Indian journal of veterinary science and animal husbandry - Volume 9,
Year: 1939
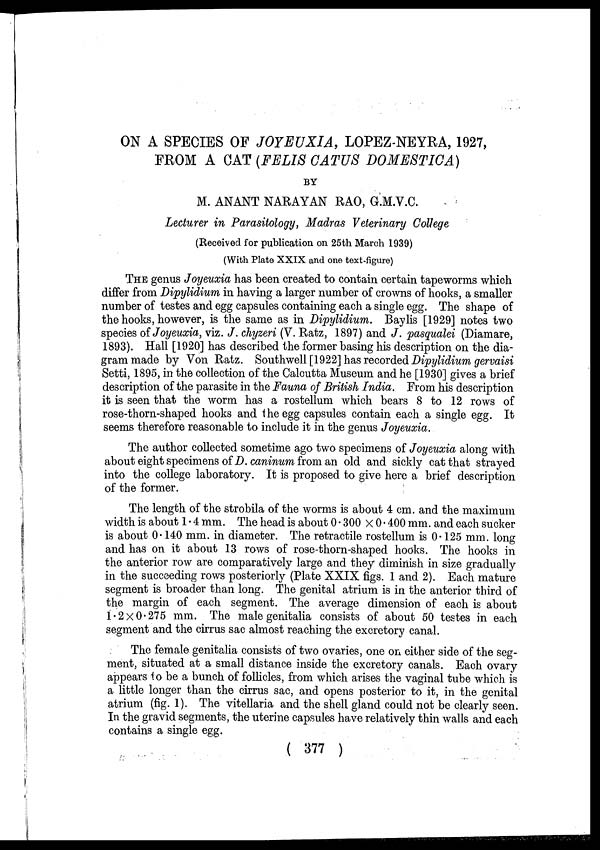
ON A SPECIES OF JOYEUXIA, LOPEZ-NEYRA, 1927,
FROM A CAT (FELIS CATUS DOMESTICA)
BY
M. ANANT NARAYAN RAO, G.M.V.C.
Lecturer in Parasitology, Madras Veterinary College
(Received for publication on 25th March 1939)
(With Plate XXIX and one text-figure)
THE genus Joyeuxia has been created to contain certain tapeworms which
differ from Dipylidium in having a larger number of crowns of hooks, a smaller
number of testes and egg capsules containing each a single egg. The shape of
the hooks, however, is the same as in Dipylidium. Baylis [1929] notes two
species of Joyeuxia, viz. J. chyzeri (V. Ratz, 1897) and J. pasqualei (Diamare,
1893). Hall [1920] has described the former basing his description on the dia-
gram made by Von Ratz. Southwell [1922] has recorded Dipylidium gervaisi
Setti, 1895, in the collection of the Calcutta Museum and he [1930] gives a brief
description of the parasite in the Fauna of British India. From his description
it is seen that the worm has a rostellum which bears 8 to 12 rows of
rose-thorn-shaped hooks and the egg capsules contain each a single egg. It
seems therefore reasonable to include it in the genus Joyeuxia.
The author collected sometime ago two specimens of Joyeuxia along with
about eight specimens of D.caninum from an old and sickly cat that strayed
into the college laboratory. It is proposed to give here a brief description
of the former.
The length of the strobila of the worms is about 4 cm. and the maximum
width is about 1 . 4 mm. The head is about 0 . 300 × 0.400 mm. and each sucker
is about 0.140 mm. in diameter. The retractile rostellum is 0.125 mm. long
and has on it about 13 rows of rose-thorn-shaped hooks. The hooks in
the anterior row are comparatively large and they diminish in size gradually
in the succeeding rows posteriorly (Plate XXIX figs. 1 and 2). Each mature
segment is broader than long. The genital atrium is in the anterior third of
the margin of each segment. The average dimension of each is about
1.2 × 0.275 mm. The male genitalia consists of about 50 testes in each
segment and the cirrus sac almost reaching the excretory canal.
The female genitalia consists of two ovaries, one on either side of the seg-
ment, situated at a small distance inside the excretory canals. Each ovary
appears to be a bunch of follicles, from which arises the vaginal tube which is
a little longer than the cirrus sac, and opens posterior to it, in the genital
atrium (fig. 1). The vitellaria and the shell gland could not be clearly seen.
In the gravid segments, the uterine capsules have relatively thin walls and each
contains a single egg.
( 377 )